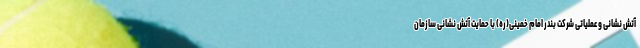
آتش نشانی و عملیاتی شرکت بندر امام خمینی(ره) با حمایت آتش نشانی سازمان